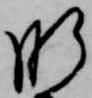
肝